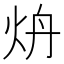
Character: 炿